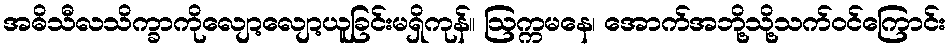
အဓိသီလသိက္ခာကိုလျော့လျော့ယူခြင်းမရှိကုန်။ ဩက္ကမနေ၊ အောက်အဘို့သို့သက်ဝင်ကြောင်း